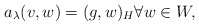
\begin{align*}a_\lambda(v,w) =(g,w)_H \forall w\in W, \end{align*}